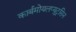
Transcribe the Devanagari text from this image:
कार्बमोयलप्युट्रसिन